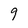
Character: 9